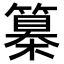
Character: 𥴌